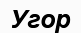
Угор